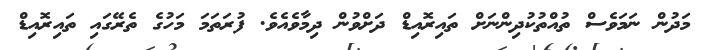
މަދުން ނަމަވެސް ތުއްތުކުދިންނަށް ތައިރޮއިޑް ދަށްވުން ދިމާވެއެވެ. ފުރަތަމަ މަހުގެ ތެރޭގައި ތައިރޮއިޑް